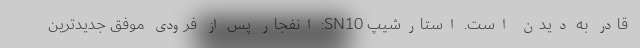
قادر به دیدن است. استارشیپ SN10: انفجار پس از فرودی موفق جدیدترین